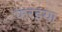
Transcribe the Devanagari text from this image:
फरइया